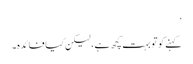
‘
کہنے کوتو بہت کچھ ہے، لیکن کیا فائدہ۔